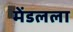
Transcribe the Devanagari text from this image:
मेंडलला